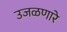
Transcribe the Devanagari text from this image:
उजळणारे